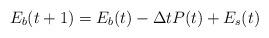
LaTeX: \begin{align*}E_b(t+1)=E_b(t)-\Delta tP(t)+E _s(t)\end{align*}